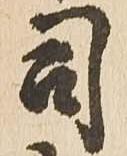
司